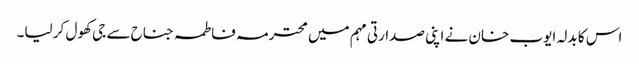
اس کا بدلہ ایوب خان نے اپنی صدارتی مہم میں محترمہ فاطمہ جناح سے جی کھول کر لیا۔